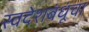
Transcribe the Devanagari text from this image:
स्वदेशबंधूंचा